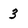
Character: 3